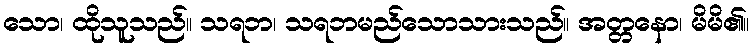
သော၊ ထိုသူသည်။ သရဘ၊ သရဘမည်သောသားသည်။ အတ္တနော၊ မိမိ၏။